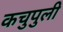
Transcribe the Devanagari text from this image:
कचुपुली